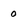
Character: 0